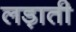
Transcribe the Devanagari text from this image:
लड़ाती